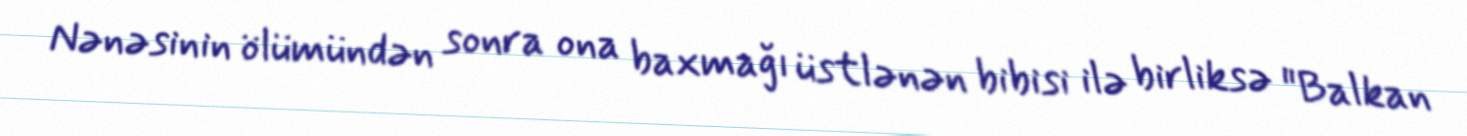
Nənəsinin ölümündən sonra ona baxmağı üstlənən bibisi ilə birliksə "Balkan